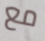
مع